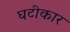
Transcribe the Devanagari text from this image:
घटीकार